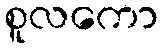
စူလကော